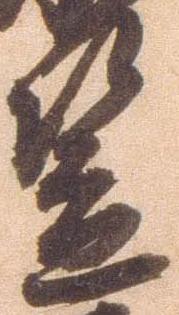
笠